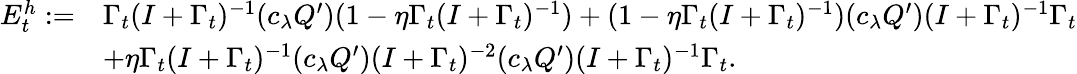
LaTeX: \begin{array}{rl}{{E}_{t}^{h}:=}&{\Gamma_{t}(I+\Gamma_{t})^{-1}(c_{\lambda}Q^{\prime})(1-\eta\Gamma_{t}(I+\Gamma_{t})^{-1})+(1-\eta\Gamma_{t}(I+\Gamma_{t})^{-1})(c_{\lambda}Q^{\prime})(I+\Gamma_{t})^{-1}\Gamma_{t}}\\ &{+\eta\Gamma_{t}(I+\Gamma_{t})^{-1}(c_{\lambda}Q^{\prime})(I+\Gamma_{t})^{-2}(c_{\lambda}Q^{\prime})(I+\Gamma_{t})^{-1}\Gamma_{t}.}\end{array}